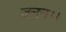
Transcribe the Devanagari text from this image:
जनन।।